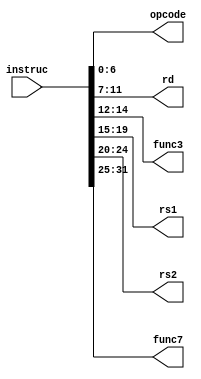
`timescale 1ns / 1ps

module Instruction_Parser(instruc, opcode, rd, func3, rs1, rs2, func7);

//inputs:
input [31:0] instruc; // 32 bits

//outputs
output reg [6:0] opcode;  // 7 bits
output reg [4:0] rd;     // 5 bits
output reg [2:0] func3; // 3 bits
output reg [4:0] rs1;  // 5 bits
output reg [4:0] rs2; // 5 bits
output reg [6:0] func7; // 7 bits

//always statement
always @(instruc) //parameters which trigger reevaluation- their values change
begin

//splitting 32 bit instruction into its respective fields
opcode <= instruc [6:0];
rd <= instruc [11:7];
func3 <= instruc [14:12];
rs1 <= instruc [19:15];
rs2 <= instruc [24:20];
func7 <= instruc [31:25];

end
endmodule